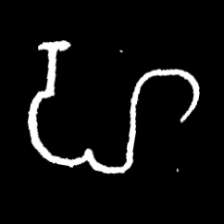
Pyu character \u2014 Myanmar letter: ဟ (romanized: ha)